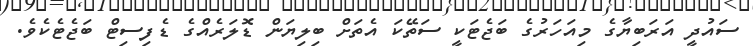
ސައުދީ އަރަބިޔާގެ މިއަހަރުގެ ބަޖެޓަކީ ސަތޭކަ އެތަށް ބިލިޔަން ޑޮލަރެއްގެ ޑެފިސިޓް ބަޖެޓެކެވެ.